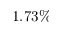
1 . 7 3 \%